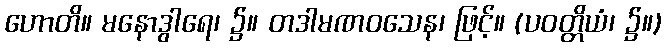
ဟောတိ။ မနောဒွါရေ၊ ၌။ တဒါမဏဝသေန၊ ဖြင့်။ (ပဝတ္တိယံ၊ ၌။)